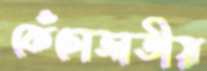
কেঁচোজাতীয়